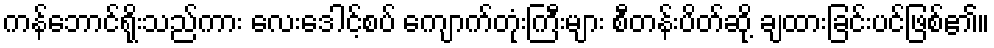
ကန်ဘောင်ရိုးသည်ကား လေးဒေါင့်စပ် ကျောက်တုံးကြီးများ စီတန်းပိတ်ဆို့ ချထားခြင်းပင်ဖြစ်၏။